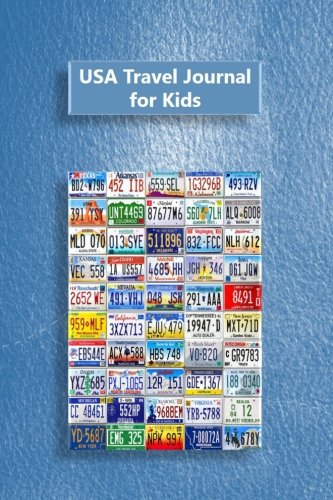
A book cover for USA Travel Journal for Kids; Tom Alyea; Calendars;